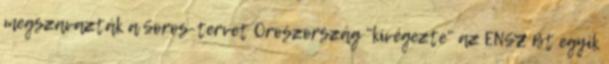
megszavazták a Soros-tervet Oroszország "kivégezte" az ENSZ Bt egyik